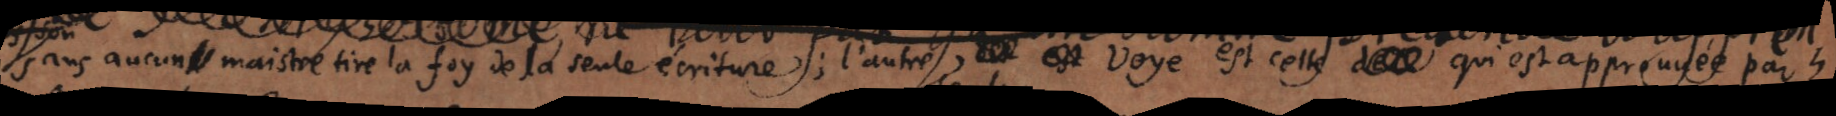
sans aucun maistre tire la foy de la seule ecriture; l’autre est voye est celle qui est approuvée par 4